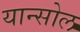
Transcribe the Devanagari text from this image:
यान्सोल